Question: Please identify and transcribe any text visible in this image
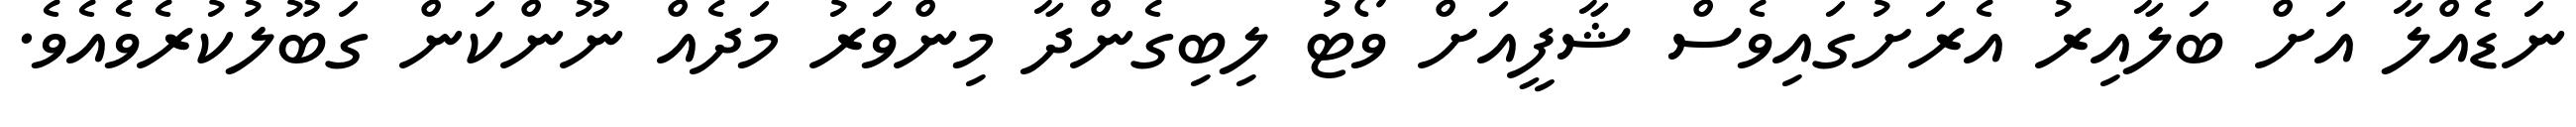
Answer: ނަޑެއްލާ އަށް ބަލާއިރު އެރަށުގައިވެސް ޝާފީއަށް ވޯޓު ލިބިގެންދާ މިންވަރު މަދެއް ނޫންކަން ގަބޫލުކުރެވެއެވެ.